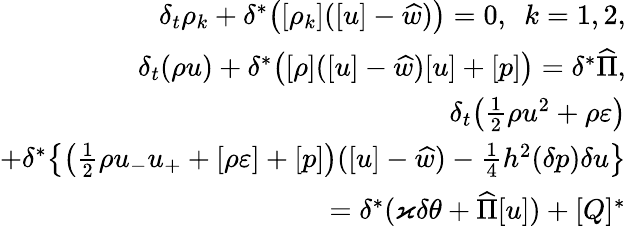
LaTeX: \begin{array}{r}{\delta_{t}\rho_{k}+\delta^{*}\big([\rho_{k}]([u]-\widehat{w})\big)=0,\ \ k=1,2,}\\ {\delta_{t}(\rho u)+\delta^{*}\big([\rho]([u]-\widehat{w})[u]+[p]\big)=\delta^{*}\widehat{\Pi},}\\ {\delta_{t}\big(\frac 12\rho u^{2}+\rho\varepsilon\big)}\\ {+\delta^{*}\big\{ \big(\frac 12\rho u_{-}u_{+}+[\rho\varepsilon]+[p]\big)([u]-\widehat{w})-\frac 14h^{2}(\delta p)\delta u\big\} }\\ {=\delta^{*}(\varkappa\delta\theta+\widehat{\Pi}[u])+[Q]^{*}}\end{array}